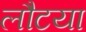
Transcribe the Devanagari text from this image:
लौटया